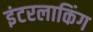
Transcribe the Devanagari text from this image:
इंटरलाकिंग